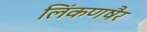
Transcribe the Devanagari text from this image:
लिंकणषैर